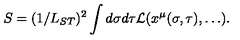
S = ( 1 / L _ { S T } ) ^ { 2 } \int d \sigma d \tau { \cal L } ( x ^ { \mu } ( \sigma , \tau ) , \ldots ) .